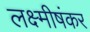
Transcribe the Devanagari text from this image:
लक्ष्मीषंकर